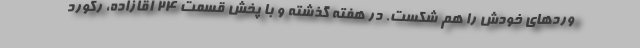
وردهای خودش را هم شکست. در هفته گذشته و با پخش قسمت 24 آقازاده، رکورد